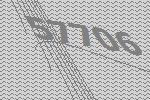
57706